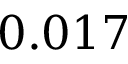
0 . 0 1 7